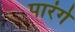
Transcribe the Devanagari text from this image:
पारंगे